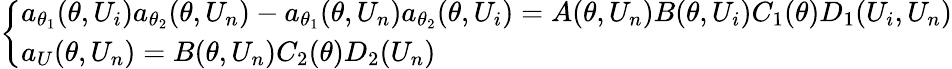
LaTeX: \left\{ \begin{array}{ll}{a_{\theta_{1}}(\theta,U_{i})a_{\theta_{2}}(\theta,U_{n})-a_{\theta_{1}}(\theta,U_{n})a_{\theta_{2}}(\theta,U_{i})=A(\theta,U_{n})B(\theta,U_{i})C_{1}(\theta)D_{1}(U_{i},U_{n})}\\ {a_{U}(\theta,U_{n})=B(\theta,U_{n})C_{2}(\theta)D_{2}(U_{n})}\end{array}\right.